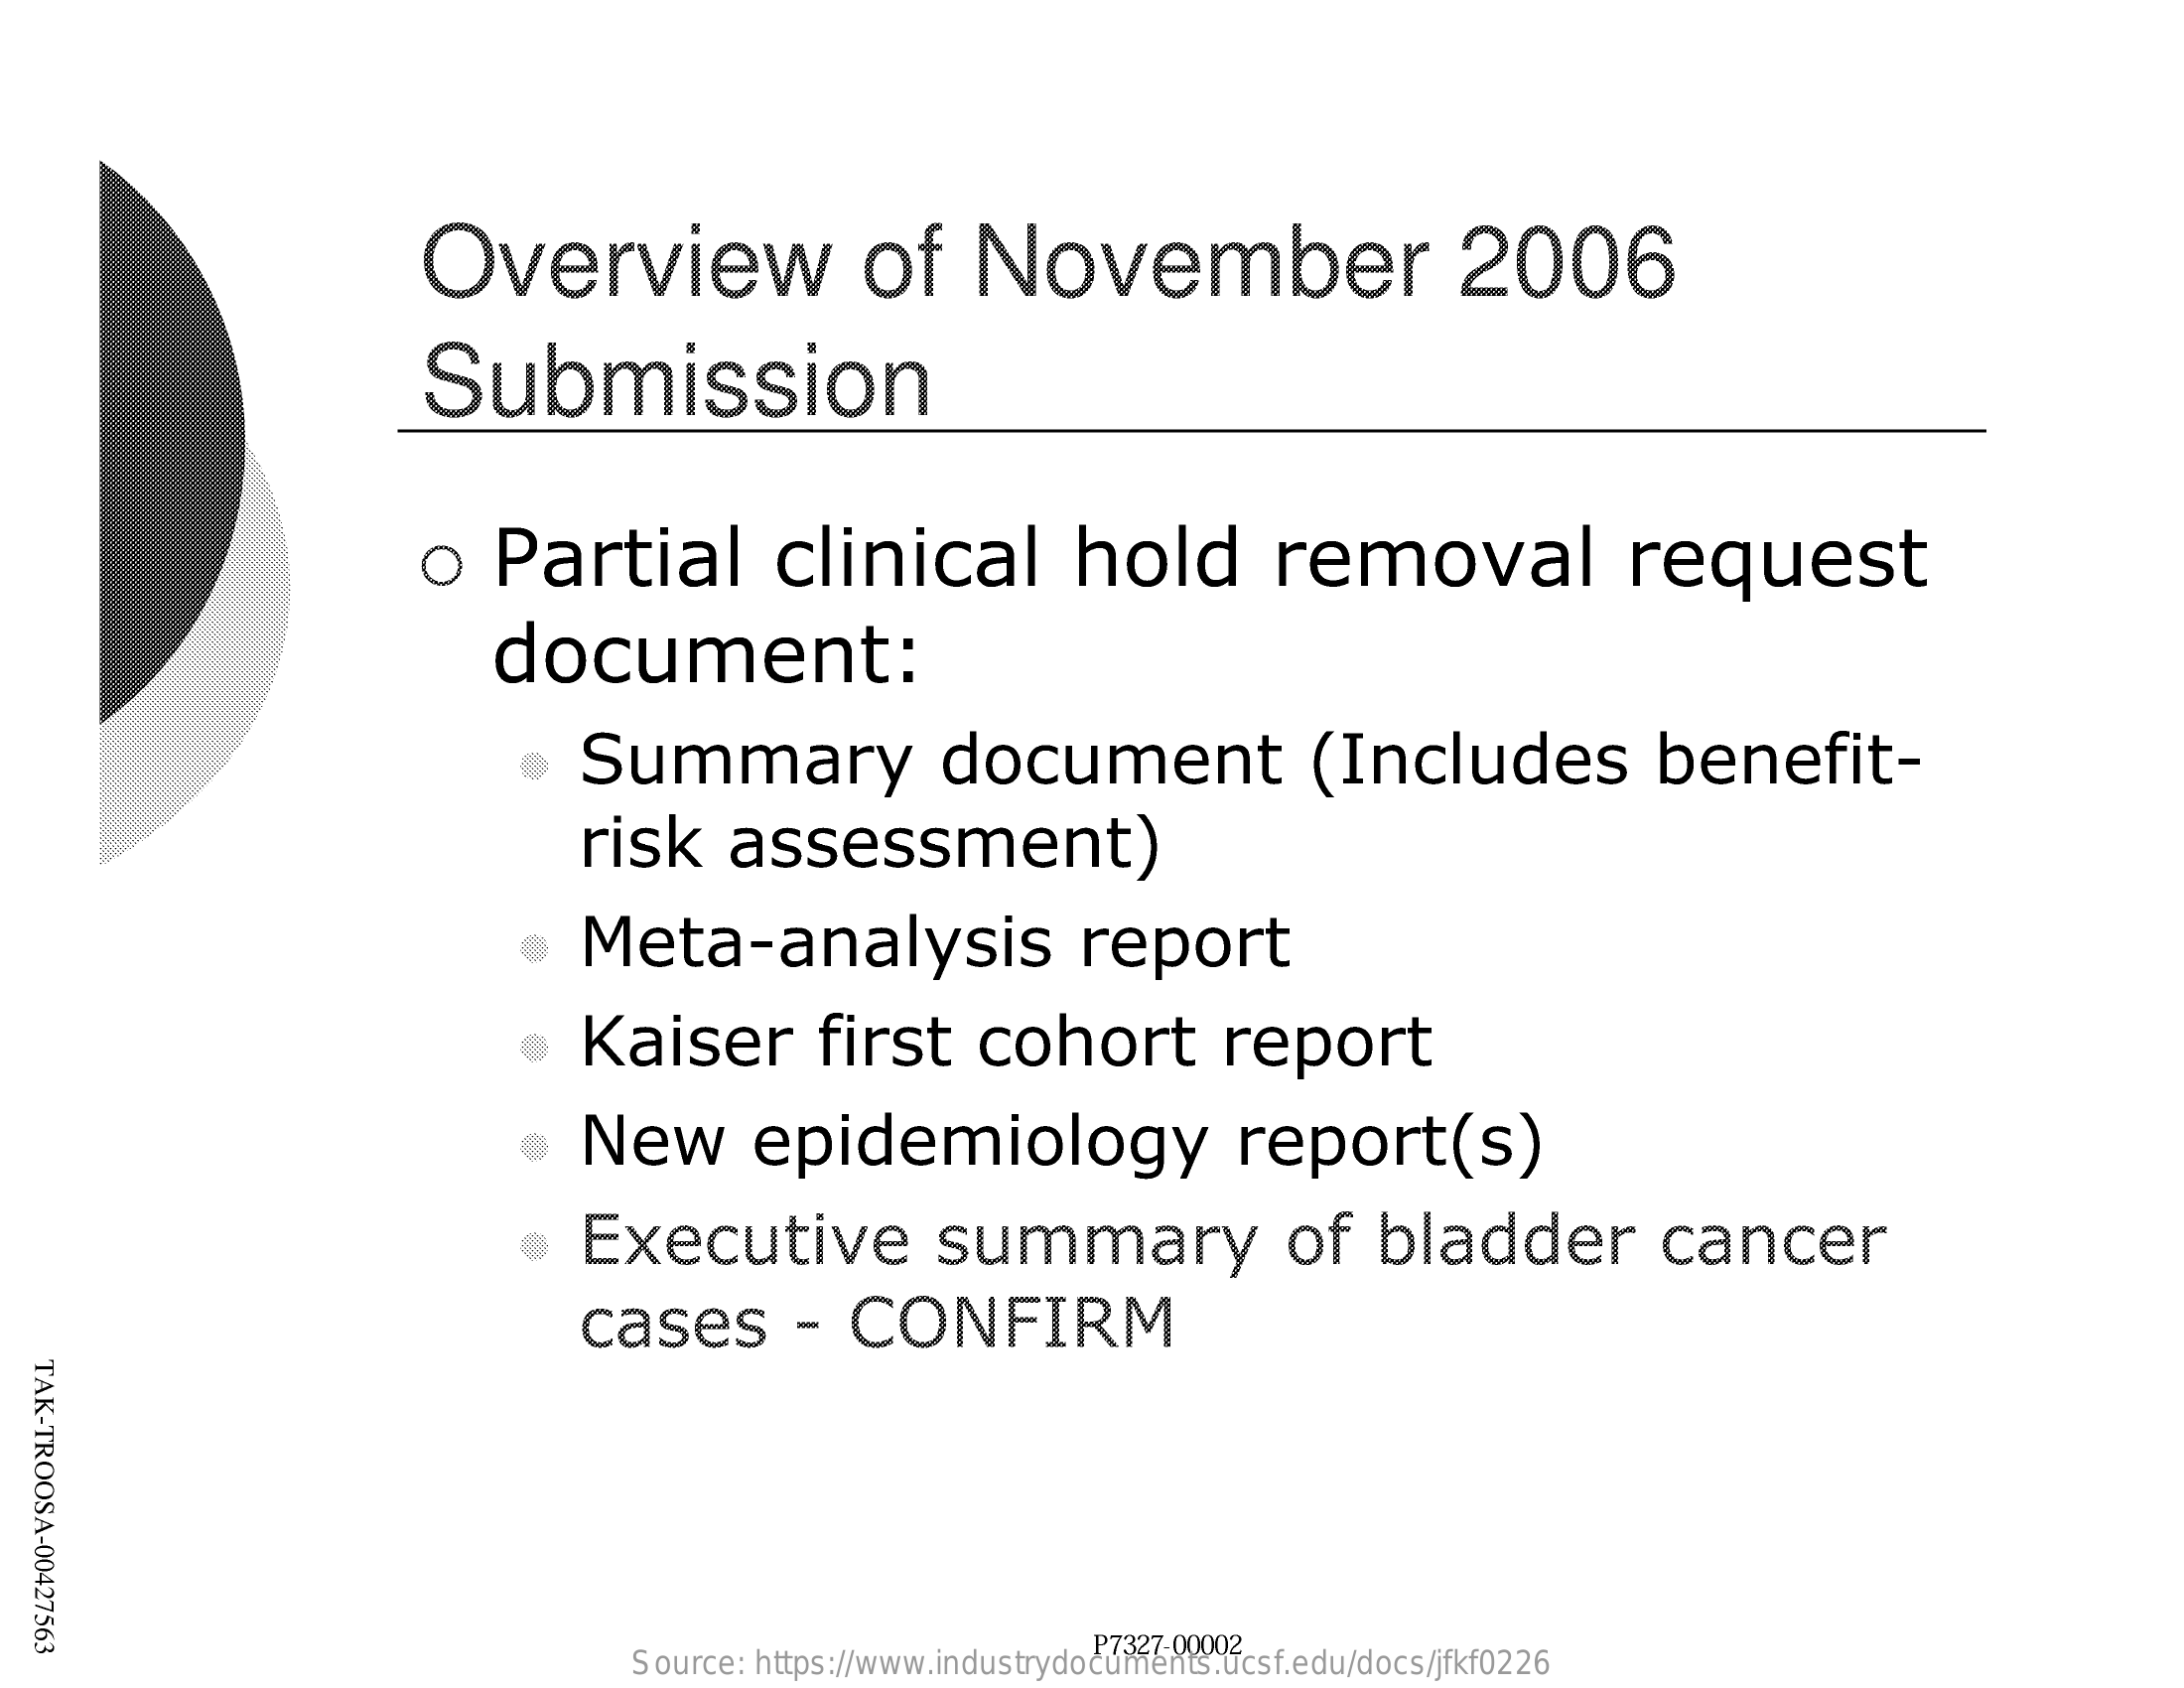
Overview    of    November    2006
     Submission
     o   Partial    clinical    hold    removal    request
     document:
     Summary    document    (Includes    benefit-
     risk    assessment)
     Meta-analysis    report
     Kaiser    first    cohort    report
     New    epidemiology    report(s)
     Executive    summary    of    bladder    cancer
     cases    -  CONFIRM
  TAK-TROOSA-00427563
     Source: https://www.industrydocuments.ucsf.edu/docs/jfkf0226
     P7327-00002